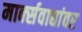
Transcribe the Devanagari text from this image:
मार्क्‍सवाद्यांवर